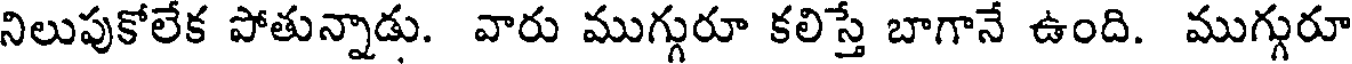
నిలుపుకోలేక పోతున్నాడు. వారు ముగ్గురూ కలిస్తే బాగానే ఉంది. ముగ్గురూ